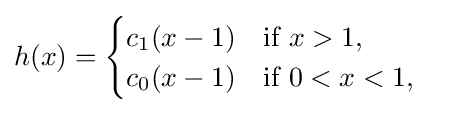
h(x)={\begin{cases}c_{1}(x-1)\quad {\text{if }}x>1,\\c_{0}(x-1)\quad {\text{if }}0<x<1,\\\end{cases}}